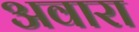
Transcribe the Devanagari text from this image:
अवारा